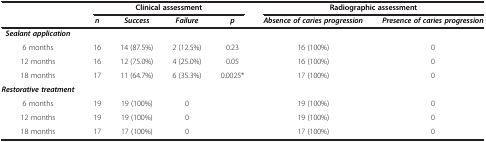
|  | <COLSPAN=4> Clinical assessment | <COLSPAN=2> Radiographic assessment |
 |  | n | Success | Failure | p | Absence of caries progression | Presence of caries progression |
 | --- | --- | --- | --- | --- | --- | --- |
 | Sealant application |  |  |  |  |  |  |
 | 6 months | 16 | 14 (87.5%) | 2 (12.5%) | 0.23 | 16 (100%) | 0 |
 | 12 months | 16 | 12 (75.0%) | 4 (25.0%) | 0.05 | 16 (100%) | 0 |
 | 18 months | 17 | 11 (64.7%) | 6 (35.3%) | 0.0025* | 17 (100%) | 0 |
 | Restorative treatment |  |  |  |  |  |  |
 | 6 months | 19 | 19 (100%) | 0 |  | 19 (100%) | 0 |
 | 12 months | 19 | 19 (100%) | 0 |  | 19 (100%) | 0 |
 | 18 months | 17 | 17 (100%) | 0 |  | 17 (100%) | 0 |